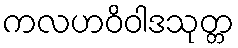
ကလဟဝိဝါဒသုတ္တ